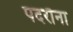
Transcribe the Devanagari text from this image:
पदरौना